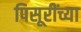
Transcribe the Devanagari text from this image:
पिसूरींच्या